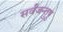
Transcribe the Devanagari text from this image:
सर्वजन्तुषु